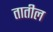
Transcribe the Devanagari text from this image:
तातील